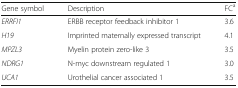
| Gene symbol | Description | FCa |
 | --- | --- | --- |
 | ERRFI1 | ERBB receptor feedback inhibitor 1 | 3.6 |
 | H19 | Imprinted maternally expressed transcript | 4.1 |
 | MPZL3 | Myelin protein zero-like 3 | 3.5 |
 | NDRG1 | N-myc downstream regulated 1 | 3.0 |
 | UCA1 | Urothelial cancer associated 1 | 3.5 |